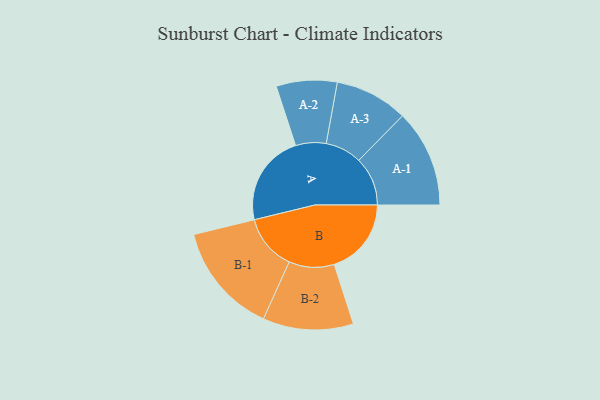
{"axis": {"x": "Segment", "y": "Value"}, "legend": ["", "A", "B"], "data": [{"x": "A", "y": 494, "type": ""}, {"x": "B", "y": 416, "type": ""}, {"x": "A-1", "y": 263, "type": "A"}, {"x": "A-2", "y": 164, "type": "A"}, {"x": "A-3", "y": 197, "type": "A"}, {"x": "B-1", "y": 300, "type": "B"}, {"x": "B-2", "y": 244, "type": "B"}]}